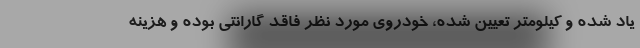
یاد شده و کیلومتر تعیین شده، خودروی مورد نظر فاقد گارانتی بوده و هزینه